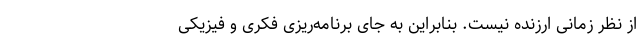
از نظر زمانی ارزنده نیست. بنابراین به جای برنامه‌ریزی فکری و فیزیکی